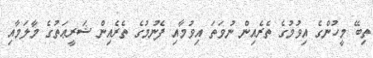
ތިބޭ މީހުންގެ އިވުމުގެ ތެރެއިން ނުވަތަ އިވުމާއި ފެނުމުގެ ތެރެއިން ޝަރީޢަތުގެ މާލަމާއި